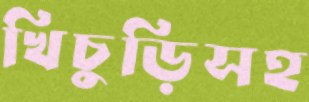
খিচুড়িসহ